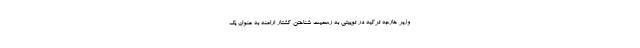
وزیر خارجه ترکیه در توییتی به رسمیت شناختن کشتار ارامنه به عنوان یک